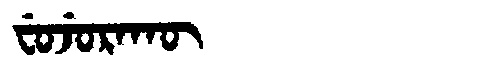
Manchu: ᠸᡠᠵᡠᡵᠠᡴᡡ
Romanization: FUJURAKŪ